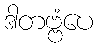
ဒါတဗ္ဗံပေ